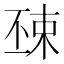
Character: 𣓺